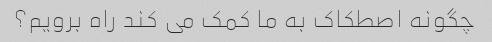
چگونه اصطکاک به ما کمک می کند راه برویم؟